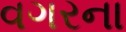
વગરના